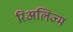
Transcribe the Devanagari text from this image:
रिअलिज्म